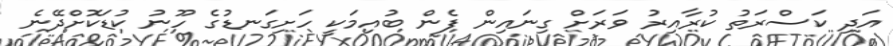
އަދި ކަސްރަތު ކުރާއިރު ވަރަށް ގިނައިން ފެން ބުއިމަކީ ހަށިގަނޑުގެ ހޫނު ކުޑަކޮށްދޭނެ